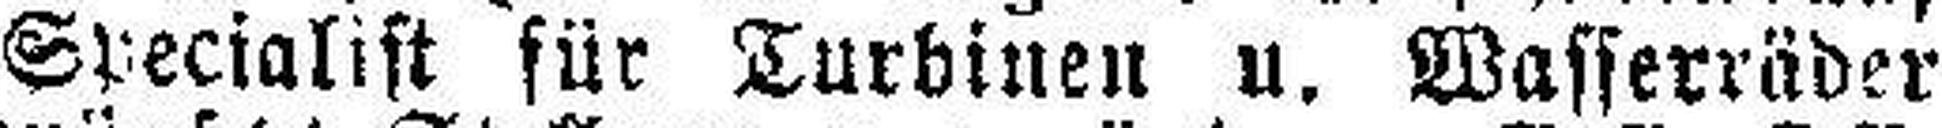
Specialist für Turbinen u. Wasserräder